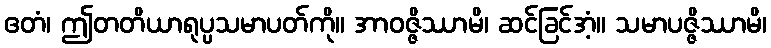
ဧတံ၊ ဤတတိယာရုပ္ပသမာပတ်ကို။ အာဝဇ္ဇိဿာမိ၊ ဆင်ခြင်အံ့။ သမာပဇ္ဇိဿာမိ၊